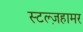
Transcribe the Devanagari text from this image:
स्टल्ज़हामर